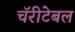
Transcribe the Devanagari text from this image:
चॅरीटेबल